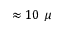
\approx 1 0 ~ \mu